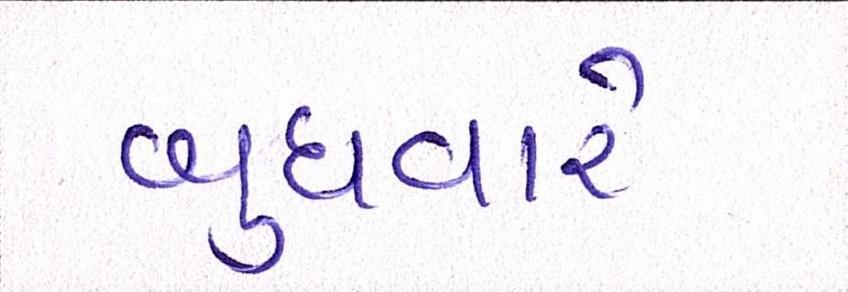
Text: બુધવારે